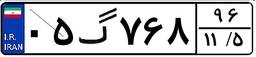
۰۵گ۷۶۸۹۶